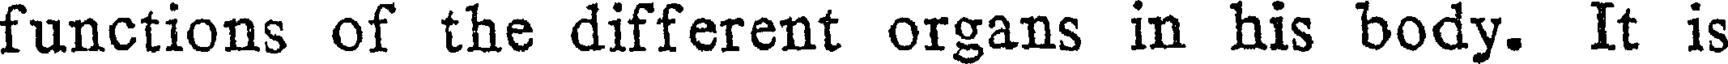
functions of the different organs in his body. It is